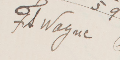
FA Wayne